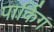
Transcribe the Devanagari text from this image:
पार्किग